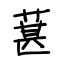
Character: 葚